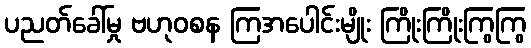
ပညတ်ခေါ်မှု ဗဟုဝစန ကြအပေါင်းမျိုး ကြိုးကြိုးကြွကြွ